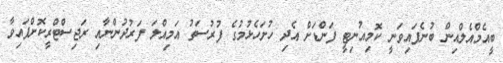
ބީއެމްއެލްއިން ބުނެފައިވަނީ ކޮމިއުނިޓީ ފަންޑަށް އެދި ހުށަހެޅުމުގެ ފުރުސަތު އަމިއްލަ ފަރުދުންނާއި ރަޖިސްޓްރީކޮށްފައިވާ